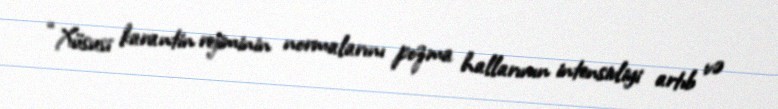
“Xüsusi karantin rejiminin normalarını pozma hallarının intensivliyi artıb və